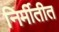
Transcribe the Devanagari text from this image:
निर्मीतीत